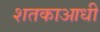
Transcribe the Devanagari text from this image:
शतकाआधी